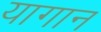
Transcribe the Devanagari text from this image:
यागान